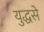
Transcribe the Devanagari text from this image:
युद्धसे